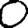
Digit: 0